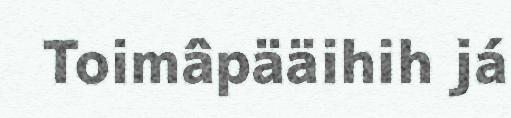
Toimâpääihih já